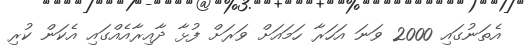
އެތަނުގައި 2000 ވަނަ އަހަރާ ހަމައަށް ވަރަށް ފުޅާ ދާއިރާއެއްގައި އެކަން ކުރި